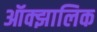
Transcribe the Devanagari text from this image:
ऑक्झालिक